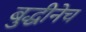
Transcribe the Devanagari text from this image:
बुद्धीनेच